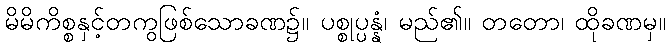
မိမိကိစ္စနှင့်တကွဖြစ်သောခဏ၌။ ပစ္စုပ္ပန္နံ၊ မည်၏။ တတော၊ ထိုခဏမှ။